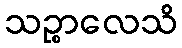
သဉ္စာလေသိ